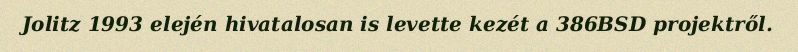
Jolitz 1993 elején hivatalosan is levette kezét a 386BSD projektről.